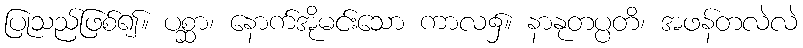
ပြုသည်ဖြစ်၍။ ပစ္ဆာ၊ နောက်အိုမင်းသော ကာလ၌။ နာနုတပ္ပတိ၊ အဖန်တလဲလဲ